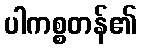
ပါကစ္စတန်၏